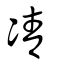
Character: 凊